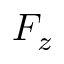
F _ { z }